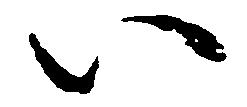
い